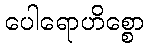
ပေါရောဟိစ္စော